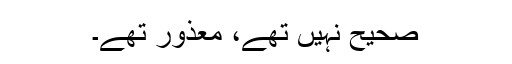
صحیح نہیں تھے، معذور تھے۔